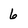
Character: 6